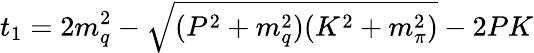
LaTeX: t_{1}=2m_{q}^{2}-\sqrt{(P^{2}+m_{q}^{2})(K^{2}+m_{\pi}^{2})}-2PK